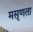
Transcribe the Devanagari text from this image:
मसृणता